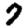
Digit: 7